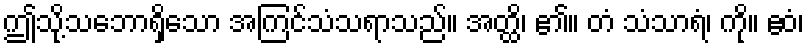
ဤသို့သဘောရှိသော အကြင်သံသရာသည်။ အတ္ထိ၊ ၏။ တံ သံသာရံ၊ ကို။ ဧဝံ၊